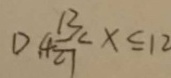
D . 4 \frac { 1 3 } { 2 7 } < x \leq 1 2